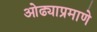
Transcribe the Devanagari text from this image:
ओढ्याप्रमाणे